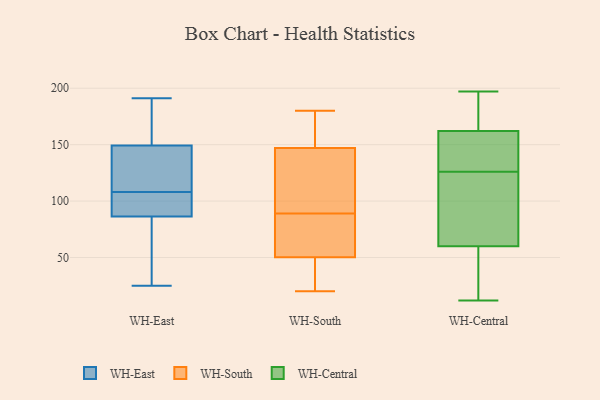
{"axis": {"x": "Website Visitors", "y": "Value"}, "legend": ["WH-Central", "WH-East", "WH-South"], "data": [{"x": "", "y": 159, "type": "WH-East"}, {"x": "", "y": 108, "type": "WH-East"}, {"x": "", "y": 146, "type": "WH-East"}, {"x": "", "y": 25, "type": "WH-East"}, {"x": "", "y": 137, "type": "WH-East"}, {"x": "", "y": 170, "type": "WH-East"}, {"x": "", "y": 84, "type": "WH-East"}, {"x": "", "y": 96, "type": "WH-East"}, {"x": "", "y": 89, "type": "WH-East"}, {"x": "", "y": 34, "type": "WH-East"}, {"x": "", "y": 126, "type": "WH-East"}, {"x": "", "y": 191, "type": "WH-East"}, {"x": "", "y": 87, "type": "WH-East"}, {"x": "", "y": 132, "type": "WH-South"}, {"x": "", "y": 152, "type": "WH-South"}, {"x": "", "y": 109, "type": "WH-South"}, {"x": "", "y": 162, "type": "WH-South"}, {"x": "", "y": 66, "type": "WH-South"}, {"x": "", "y": 20, "type": "WH-South"}, {"x": "", "y": 180, "type": "WH-South"}, {"x": "", "y": 89, "type": "WH-South"}, {"x": "", "y": 46, "type": "WH-South"}, {"x": "", "y": 63, "type": "WH-South"}, {"x": "", "y": 24, "type": "WH-South"}, {"x": "", "y": 147, "type": "WH-Central"}, {"x": "", "y": 60, "type": "WH-Central"}, {"x": "", "y": 60, "type": "WH-Central"}, {"x": "", "y": 162, "type": "WH-Central"}, {"x": "", "y": 142, "type": "WH-Central"}, {"x": "", "y": 97, "type": "WH-Central"}, {"x": "", "y": 42, "type": "WH-Central"}, {"x": "", "y": 194, "type": "WH-Central"}, {"x": "", "y": 188, "type": "WH-Central"}, {"x": "", "y": 69, "type": "WH-Central"}, {"x": "", "y": 110, "type": "WH-Central"}, {"x": "", "y": 12, "type": "WH-Central"}, {"x": "", "y": 197, "type": "WH-Central"}, {"x": "", "y": 161, "type": "WH-Central"}]}